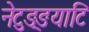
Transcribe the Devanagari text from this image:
नेटुङ्ङयाटि